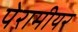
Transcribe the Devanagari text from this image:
पेरामीयर